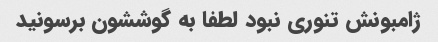
ژامبونش تنوری نبود لطفا به گوششون برسونید